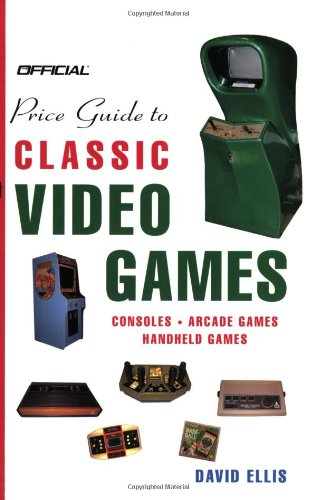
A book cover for Official Price Guide to Classic Video Games: Console, Arcade, and Handheld Games; David Ellis; Humor & Entertainment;